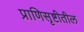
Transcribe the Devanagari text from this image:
प्राणिसृष्टीतील